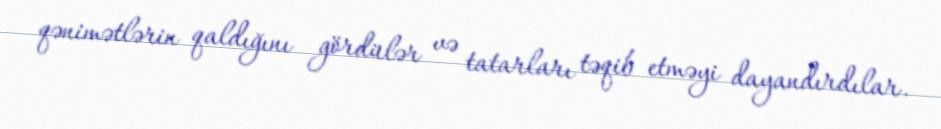
qənimətlərin qaldığını gördülər və tatarları təqib etməyi dayandırdılar.